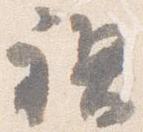
禊